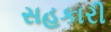
સહકારી